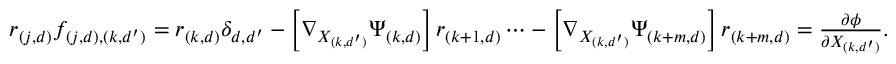
\begin{array} { r } { r _ { ( j , d ) } f _ { ( j , d ) , ( k , d ^ { \prime } ) } = r _ { ( k , d ) } \delta _ { d , d ^ { \prime } } - \left[ \nabla _ { X _ { ( k , d ^ { \prime } ) } } \Psi _ { ( k , d ) } \right] r _ { ( k + 1 , d ) } \cdots - \left[ \nabla _ { X _ { ( k , d ^ { \prime } ) } } \Psi _ { ( k + m , d ) } \right] r _ { { ( k + m , d ) } } = \frac { \partial \phi } { \partial X _ { ( k , d ^ { \prime } ) } } . } \end{array}